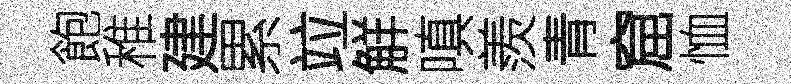
飽稚建累竝觧嗔羨青窟恤